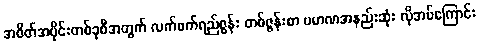
အစိတ်အပိုင်းတစ်ခုစီအတွက် လက်ဖက်ရည်ဇွန်း တစ်ဇွန်းစာ ပမာဏအနည်းဆုံး လိုအပ်ကြောင်း